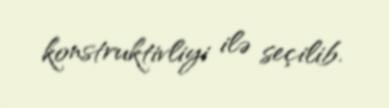
konstruktivliyi ilə seçilib.